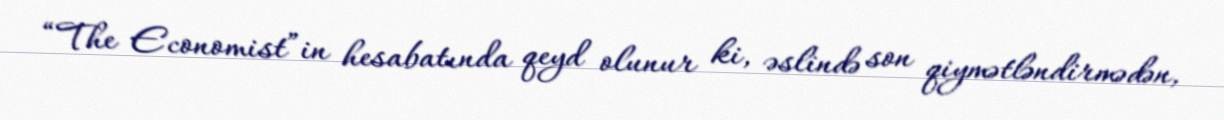
“The Economist”in hesabatında qeyd olunur ki, əslində son qiymətləndirmədən,